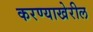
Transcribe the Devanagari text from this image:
करण्याखेरील